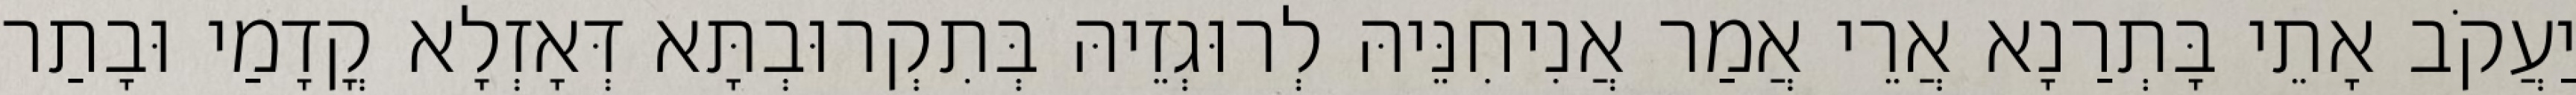
יַעֲקֹב אָתֵי בָּתְרַנָא אֲרֵי אֲמַר אֲנִיחִנֵּיהּ לְרוּגְזֵיהּ בְּתִקְרוּבְתָּא דְּאָזְלָא קֳדָמַי וּבָתַר